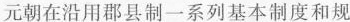
元朝在沿用郡县制一系列基本制度和规